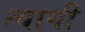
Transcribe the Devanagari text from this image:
त्‍यागी